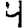
Digit: 4